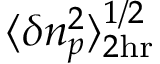
\langle \delta n _ { p } ^ { 2 } \rangle _ { 2 \mathrm { h r } } ^ { 1 / 2 }